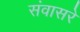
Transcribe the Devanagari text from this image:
संवासरे